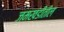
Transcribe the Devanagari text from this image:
जमखंडीतील